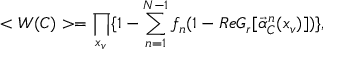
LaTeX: < W ( C ) > = \prod _ { x _ { v } } \{ 1 - \sum _ { n = 1 } ^ { N - 1 } f _ { n } ( 1 - R e { \cal G } _ { r } [ \vec { \alpha } _ { C } ^ { n } ( x _ { v } ) ] ) \} ,